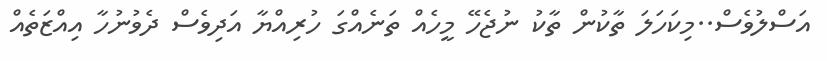
އަސްލުވެސް..މިކަހަލަ ތާކުން ތާކު ނުޖެހޭ މީހެއް ތަނެއްގަ ހުރިއްޔާ އަދިވެސް ދެވުނުހާ އިއްޒަތެއް